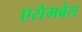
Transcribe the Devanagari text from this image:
एसेमबेल